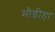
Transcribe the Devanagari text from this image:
मौडीहा